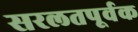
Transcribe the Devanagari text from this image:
सरलतपूर्वक